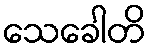
သေခေါတိ